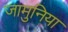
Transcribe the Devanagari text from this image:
जामुनिया